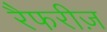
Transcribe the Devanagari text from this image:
रैफरीज़